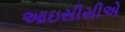
આઇસીસીએ